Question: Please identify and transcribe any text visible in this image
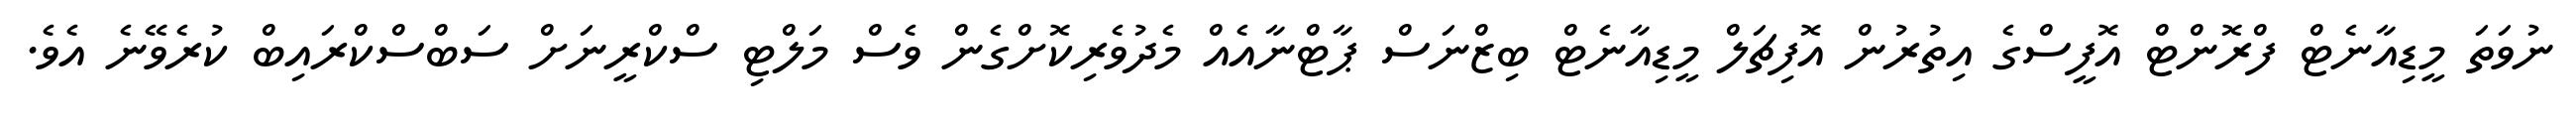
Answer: ނުވަތަ މީޑިއާނެޓް ފްރޮންޓް އޮފީސްގެ އިތުރުން އޮފިޗަލް މީޑިއާނެޓް ބިޒްނަސް ޕާޓްނާއެއް މެދުވެރިކޮށްގެން ވެސް މަލްޓި ސްކްރީނަށް ސަބްސްކްރައިބް ކުރެވޭނެ އެވެ.